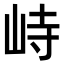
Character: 峙